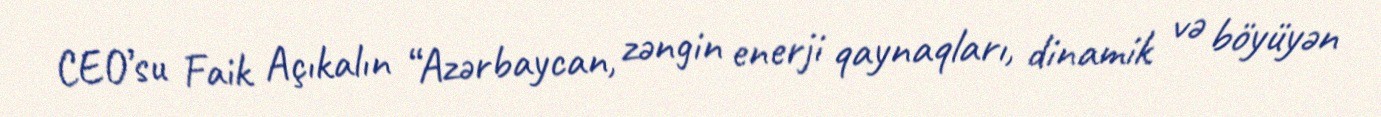
CEO’su Faik Açıkalın “Azərbaycan, zəngin enerji qaynaqları, dinamik və böyüyən